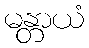
မန္တာယံ